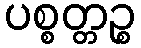
ပစ္စတ္တဉ္စ